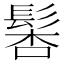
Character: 𩭖